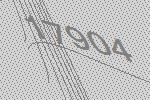
17904